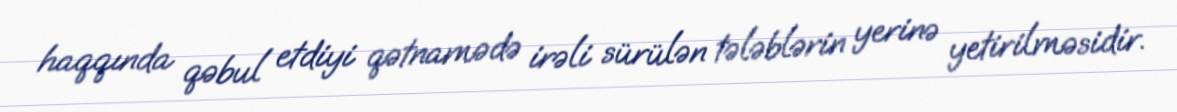
haqqında qəbul etdiyi qətnamədə irəli sürülən tələblərin yerinə yetirilməsidir.